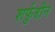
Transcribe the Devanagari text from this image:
शर्फुद्दीन